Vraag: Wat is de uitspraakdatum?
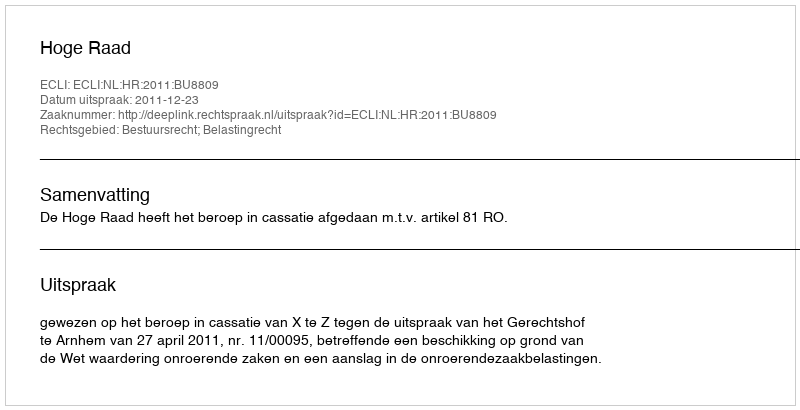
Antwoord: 2011-12-23